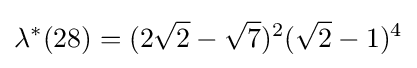
\lambda ^{*}(28)=(2{\sqrt {2}}-{\sqrt {7}})^{2}({\sqrt {2}}-1)^{4}